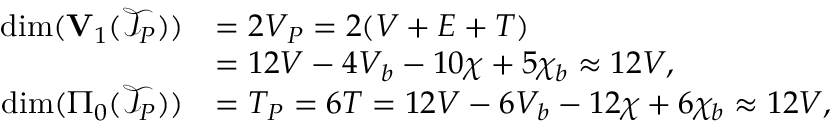
\begin{array} { r l } { \dim ( { \bf V } _ { 1 } ( { \mathcal T } _ { { P } } ) ) } & { = 2 V _ { P } = 2 ( V + E + T ) } \\ & { = 1 2 V - 4 V _ { b } - 1 0 \chi + 5 \chi _ { b } \approx 1 2 V , } \\ { \dim ( \Pi _ { 0 } ( { \mathcal T } _ { { P } } ) ) } & { = T _ { P } = 6 T = 1 2 V - 6 V _ { b } - 1 2 \chi + 6 \chi _ { b } \approx 1 2 V , } \end{array}